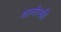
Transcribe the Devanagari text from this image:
शानोस्की